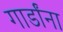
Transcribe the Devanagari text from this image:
गार्डांना